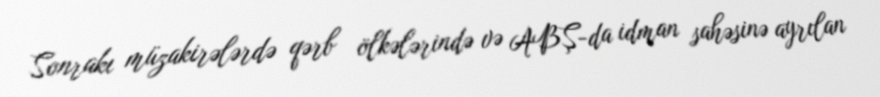
Sonrakı müzakirələrdə qərb ölkələrində və ABŞ-da idman sahəsinə ayrılan